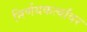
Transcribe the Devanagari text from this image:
निर्णयकर्त्यांवर